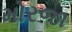
મોરજા